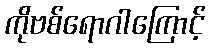
ကိုဗစ်ရောဂါကြောင့်